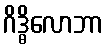
ဂိဒ္ဓိလောဘာ